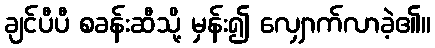
ချင်ပီပီ စခန်းဆီသို့ မှန်း၍ လျှောက်လာခဲ့၏။